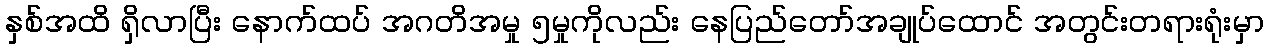
နှစ်အထိ ရှိလာပြီး နောက်ထပ် အဂတိအမှု ၅မှုကိုလည်း နေပြည်တော်အချုပ်ထောင် အတွင်းတရားရုံးမှာ